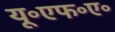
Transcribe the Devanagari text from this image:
यू॰एफ॰ए॰